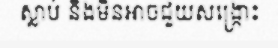
ស្លាប់ និងមិនអាចជួយសង្ក្រោះ